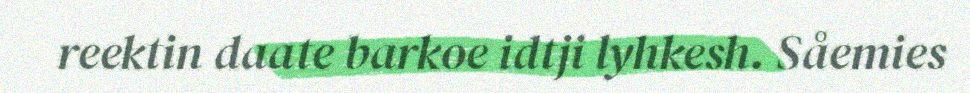
reektin daate barkoe idtji lyhkesh. Såemies